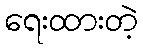
ရေးထားတဲ့